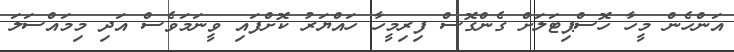
އަންހެން މީހާ ހޮސްޕިޓަލަށް ގެންގޮސް ފިރިމީހާ ހައްޔަރު ކޮށްފައި ވީނަމަވެސް އަދި މިމައްސަލަ